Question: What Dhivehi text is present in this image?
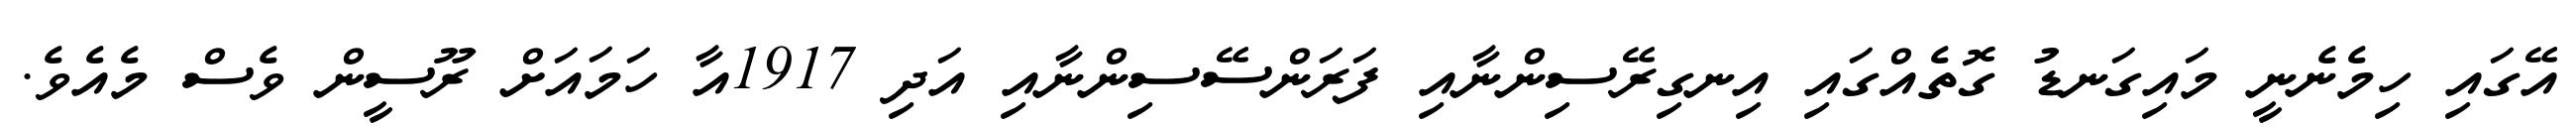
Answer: އޭގައި ހިމެނެނީ މައިގަނޑު ގޮތެއްގައި އިނގިރޭސިންނާއި ފަރަންސޭސިންނާއި އަދި 1917އާ ހަމައަށް ރޫސީން ވެސް މެއެވެ.